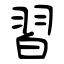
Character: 習